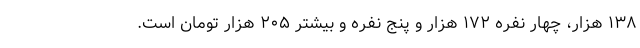
۱۳۸ هزار، چهار نفره ۱۷۲ هزار و پنج نفره و بیشتر ۲۰۵ هزار تومان است.